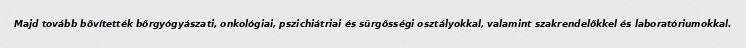
Majd tovább bővítették bőrgyógyászati, onkológiai, pszichiátriai és sürgősségi osztályokkal, valamint szakrendelőkkel és laboratóriumokkal.